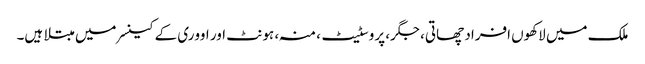
ملک میں لاکھوں افراد چھاتی، جگر، پروسٹیٹ، منہ، ہونٹ اور اووری کے کینسر میں مبتلا ہیں۔